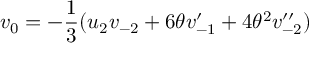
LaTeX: v _ { { 0 } } = - \frac { 1 } { 3 } ( u _ { 2 } v _ { - 2 } + 6 \theta v _ { - 1 } ^ { \prime } + 4 { \theta } ^ { 2 } v _ { - 2 } ^ { \prime \prime } )